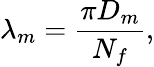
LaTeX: \lambda_{m}=\frac{\pi D_{m}}{N_{f}},